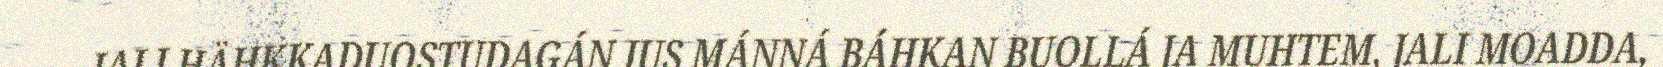
JALI HÄHKKADUOSTUDAGÁN JUS MÁNNÁ BÁHKAN BUOLLÁ JA MUHTEM, JALI MOADDA,